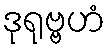
ဒုရုဗ္ဗဟံ